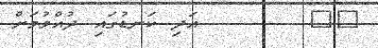
٢٤       އަދި ކަނޑުގައި ދުއްވުމަށް